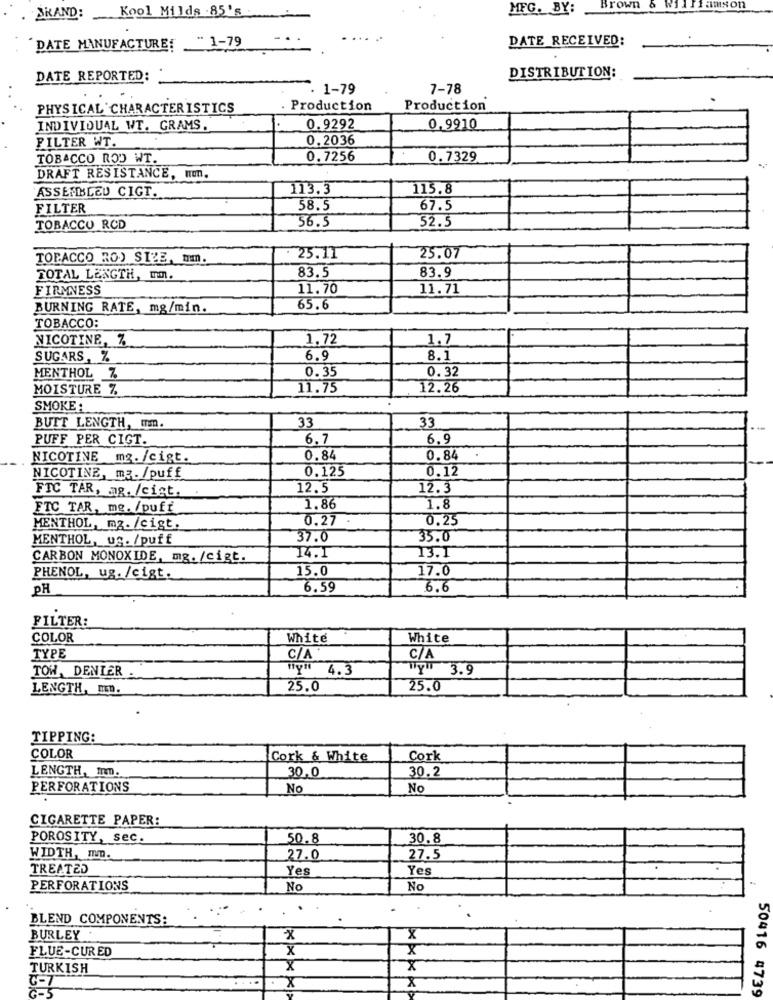
MFG. BY:
Brown & Williamson
BRAND: Kool Milds 85's
- 1-79
DATE RECEIVED:
DATE MANUFACTURE:
DISTRIBUTION:
DATE REPORTED:
1-79
7-78
PHYSICAL CHARACTERISTICS
Production
Production
INDIVIDUAL WT. GRAMS.
0.9292
0,9910
FILTER WT.
0.2036
TOBACCO ROD WT.
0.7256
0.7329
DRAFT RESISTANCE, Wmn.
113.3
115.8
ASSEMBLED CIGT.
FILTER
58.5
67.5
56.5
52.5
TOBACCO RCD
TOBACCO RO) SIZE, mm.
25.11
25.07
83.5
83.9
TOTAL LENGTH, mm.
FIRMNESS
11.70
11.71
BURNING RATE, mg/min.
65.6
TOBACCO:
NICOTINE, %
1.72
1.7
SUGARS, Z
6.9
8.1
0.35
0. 32
MENTHOL Z
MOISTURE %
11.75
12.26
SMOKE :
33
33
BUTT LENGTH, mm.
PUFF PER CIGT.
6.7
5.9
NICOTINE mg. /cigt.
0.84
0.84
0.125
0.12
NICOTINE, mz. /puff
FTC TAR, ag. /cist.
12.5
12.3
FTC TAR, me. /puff
1.86
1.8
0.27
0.25
MENTHOL, mg. /cigt.
MENTHOL, uS. /puff
37.0
33.0
CARBON MONOXIDE, mg. /cist.
14.1
13.I
15.0
17.0
PHENOL, ug. /cigt.
PH
6.59
6.6
FILTER:
COLOR
White
White
TYPE
C/A
C/A
TOW, DENIER
Ty" 4.3
WY 3.9
LENGTH, MED.
25.0
25.0
TIPPING:
COLOR
Cork & White
Cork
LENGTH, Inm.
30.0
30.2
PERFORATIONS
No
No
CIGARETTE PAPER:
POROSITY, sec.
50.8
30.8
WIDTH, mm.
27.0
27.5
TREATED
Yes
Yes
PERFORATIONS
No
No
BLEND COMPONENTS:
BURLEY
X
FLUE-CURED
x
TURKISH
X
x
x
3-7
50416 4739